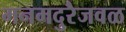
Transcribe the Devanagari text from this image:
मनमदुरैजवळ